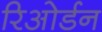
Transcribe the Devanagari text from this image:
रिओर्डन